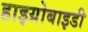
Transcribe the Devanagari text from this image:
हाइग्रोबाइडी